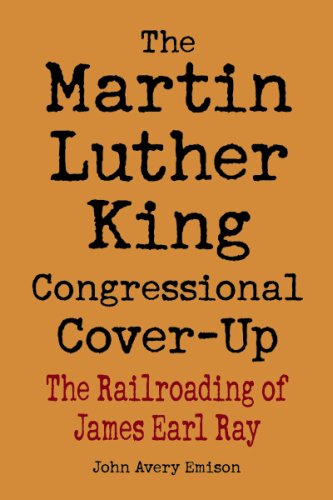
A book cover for Martin Luther King Congressional Cover-Up, The: The Railroading of James Earl Ray; John Emison; Biographies & Memoirs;